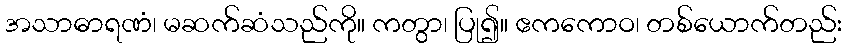
အသာဓာရဏံ၊ မဆက်ဆံသည်ကို။ ကတွာ၊ ပြု၍။ ဧကကောဝ၊ တစ်ယောက်တည်း